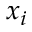
x _ { i }